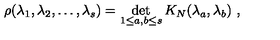
\rho ( \lambda _ { 1 } , \lambda _ { 2 } , \ldots , \lambda _ { s } ) = \det _ { 1 \leq a , b \leq s } K _ { N } ( \lambda _ { a } , \lambda _ { b } ) \ ,